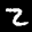
Label: 2